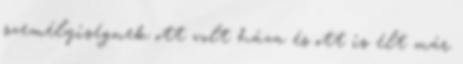
személyiségnek ott volt háza és ott is élt már